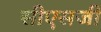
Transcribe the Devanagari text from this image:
सीएसजी